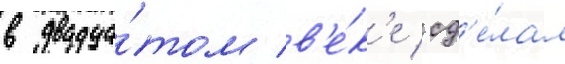
в двадца́том в'е́к'е сд'е́лал